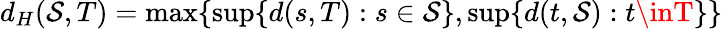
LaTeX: d_{H}(\mathcal{S},T)=\operatorname*{max}\{ \operatorname*{sup}\{ d(s,T):s\in\mathcal{S}\} ,\operatorname*{sup}\{ d(t,\mathcal{S}):t\inT\} \}